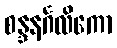
စန္ဒနင်္ဂလိကော